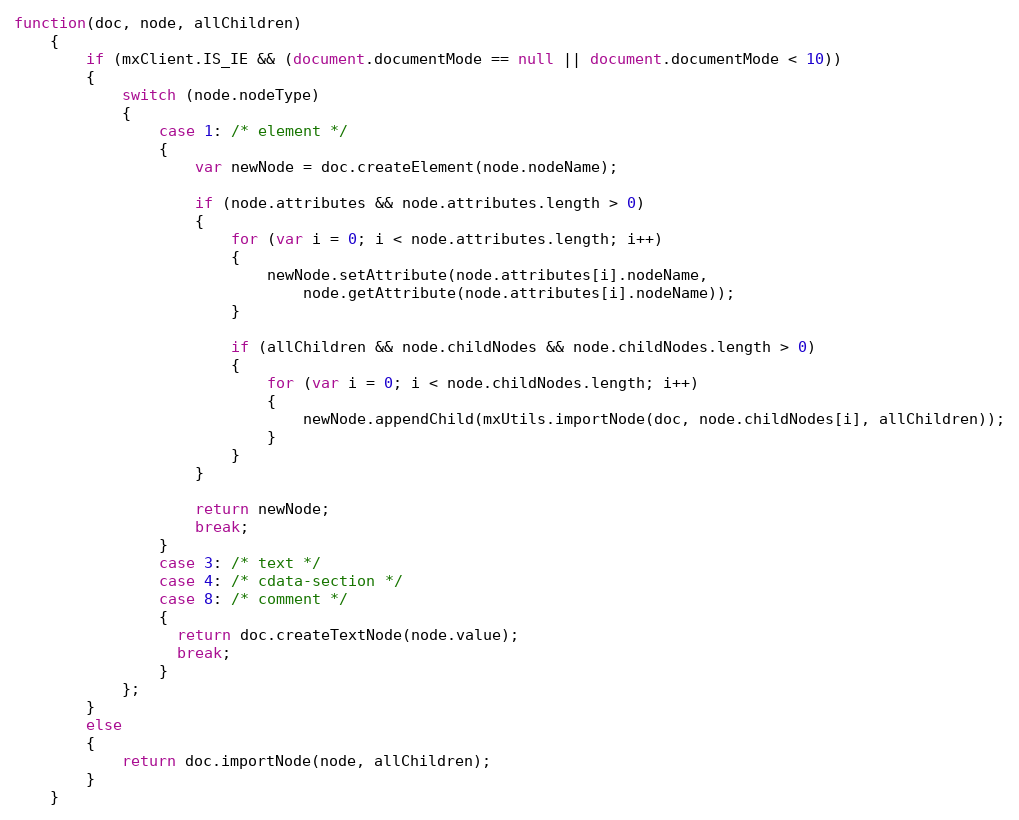
Language: JavaScript
function(doc, node, allChildren)
	{
		if (mxClient.IS_IE && (document.documentMode == null || document.documentMode < 10))
		{
			switch (node.nodeType)
			{
				case 1: /* element */
				{
					var newNode = doc.createElement(node.nodeName);

					if (node.attributes && node.attributes.length > 0)
					{
						for (var i = 0; i < node.attributes.length; i++)
						{
							newNode.setAttribute(node.attributes[i].nodeName,
								node.getAttribute(node.attributes[i].nodeName));
						}

						if (allChildren && node.childNodes && node.childNodes.length > 0)
						{
							for (var i = 0; i < node.childNodes.length; i++)
							{
								newNode.appendChild(mxUtils.importNode(doc, node.childNodes[i], allChildren));
							}
						}
					}

					return newNode;
					break;
				}
				case 3: /* text */
			    case 4: /* cdata-section */
			    case 8: /* comment */
			    {
			      return doc.createTextNode(node.value);
			      break;
			    }
			};
		}
		else
		{
			return doc.importNode(node, allChildren);
		}
	}